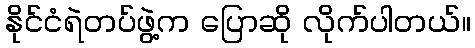
နိုင်ငံရဲတပ်ဖွဲ့က ပြောဆို လိုက်ပါတယ်။